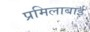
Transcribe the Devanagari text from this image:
प्रमिलाबाई